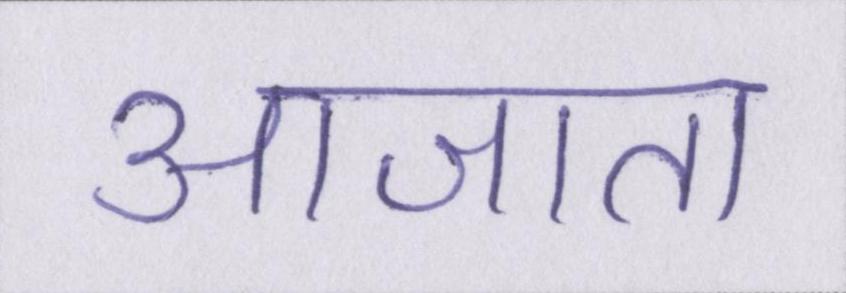
आजा॑ता